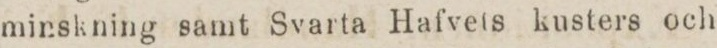
minskning samt Svarte Hafvets kusters och